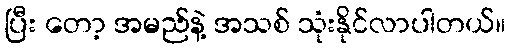
ပြီး တော့ အမည်နဲ့ အသစ် သုံးနိုင်လာပါတယ်။